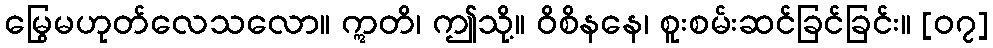
မြွေမဟုတ်လေသလော။ ဣတိ၊ ဤသို့။ ဝိစိနနေ၊ စူးစမ်းဆင်ခြင်ခြင်း။ [၀၇]